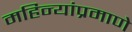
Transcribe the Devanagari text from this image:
महिन्यांप्रमाणे